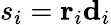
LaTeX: s_{i}=\mathbf{r}_{i}\mathbf{d}_{i}